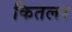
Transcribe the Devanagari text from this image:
कितलर